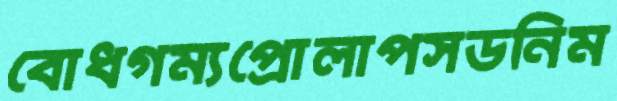
বোধগম্যপ্রোলাপসডনিম